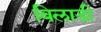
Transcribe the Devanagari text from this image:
बिलाडी